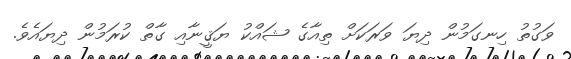
ވަގުތު ހިނގަމުން ދިޔަ ވަރަކަށް ތިއާގެ ޝައްކު ޔަޤީނާއި ގާތް ކުރަމުން ދިޔައެވެ.